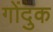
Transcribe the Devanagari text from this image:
गोंदुक